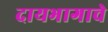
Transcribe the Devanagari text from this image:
दायभागाचे